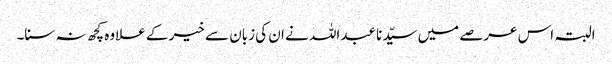
البتہ اس عرصے میں سیّدنا عبداللہ نے ان کی زبان سے خیر کے علاوہ کچھ نہ سنا۔